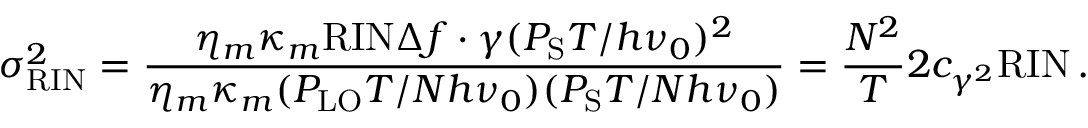
\sigma _ { \mathrm { R I N } } ^ { 2 } = \frac { \eta _ { m } \kappa _ { m } \mathrm { R I N } \Delta f \cdot \gamma ( P _ { \mathrm { S } } T / h \nu _ { 0 } ) ^ { 2 } } { \eta _ { m } \kappa _ { m } ( P _ { \mathrm { L O } } T / N h \nu _ { 0 } ) ( P _ { \mathrm { S } } T / N h \nu _ { 0 } ) } = \frac { N ^ { 2 } } { T } 2 c _ { \gamma ^ { 2 } } \mathrm { R I N } \, .